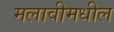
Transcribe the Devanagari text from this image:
मलावीमधील